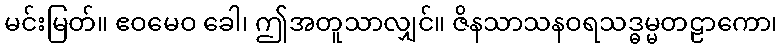
မင်းမြတ်။ ဧဝမေဝ ခေါ၊ ဤအတူသာလျှင်။ ဇိနသာသနဝရသဒ္ဓမ္မတဠာကော၊